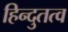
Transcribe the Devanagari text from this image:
हिन्दुतत्व